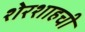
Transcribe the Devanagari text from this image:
शेरशाहची